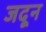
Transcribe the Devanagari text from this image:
जदून